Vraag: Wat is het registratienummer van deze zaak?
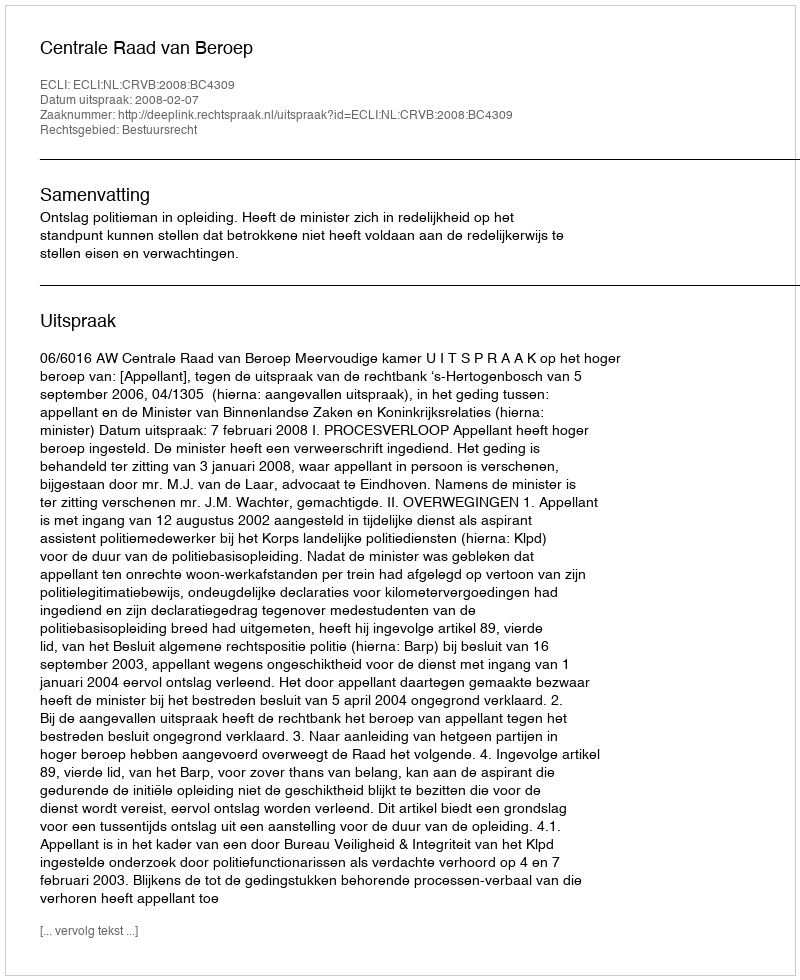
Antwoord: http://deeplink.rechtspraak.nl/uitspraak?id=ECLI:NL:CRVB:2008:BC4309